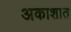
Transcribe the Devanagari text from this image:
अकाशात